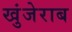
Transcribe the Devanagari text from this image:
खुंजेराब